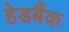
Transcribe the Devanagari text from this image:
हेडबैंक